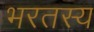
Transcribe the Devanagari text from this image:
भरतस्य